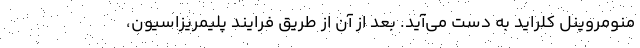
منومروینل کلراید به دست می‌آید. بعد از آن از طریق فرایند پلیمریزاسیون،